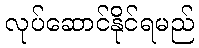
လုပ်ဆောင်နိုင်ရမည်